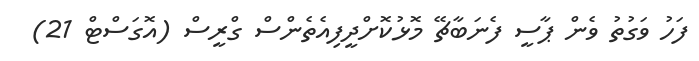
ފަހު ވަގުތު ވެން ޕާސީ ފެނަބާޗޭ މޮޅުކޮށްދީފިއެތެންސް ގްރީސް (އޮގަސްޓް 21)